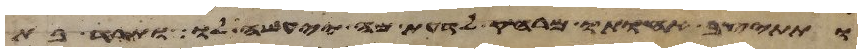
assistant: ותתיצב אחותו מרחק לדעת מה יעשה לו ותרד בת